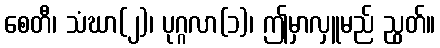
စေတီ၊ သံဃာ(၂)၊ ပုဂ္ဂလာ(၁)၊ ဤမှာလှူမည် ညွတ်။